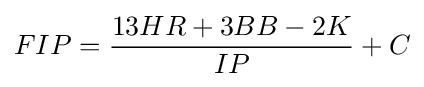
FIP={\frac {13HR+3BB-2K}{IP}}+C